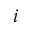
i